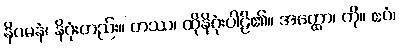
နိဂမနံ၊ နိဂုံးတည်း။ တဿ၊ ထိုနိဂုံးပါဠိ၏။ အတ္ထော၊ ကို။ ဧဝံ၊